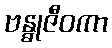
ဗန္ဓုဇီဝကာ